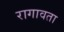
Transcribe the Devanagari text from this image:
रागावता